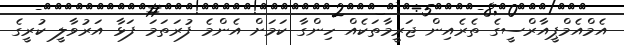
އެމްއެމްޕީއާރްސީގެ ތެރެއިން ޖަރީމާތަކެއް ހިންގާ ކަމަށް އެންމެ ފުރަތަމަ ފަޅާ އަރުވާލީ ކުރީގެ